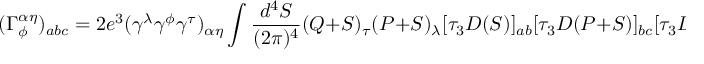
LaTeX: ( \Gamma _ { \phi } ^ { \alpha \eta } ) _ { a b c } = 2 e ^ { 3 } ( \gamma ^ { \lambda } \gamma ^ { \phi } \gamma ^ { \tau } ) _ { \alpha \eta } \int \frac { d ^ { 4 } S } { ( 2 \pi ) ^ { 4 } } ( Q + S ) _ { \tau } ( P + S ) _ { \lambda } [ \tau _ { 3 } D ( S ) ] _ { a b } [ \tau _ { 3 } D ( P + S ) ] _ { b c } [ \tau _ { 3 } D ( Q + S ) ] _ { c a } .